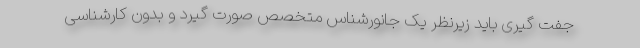
جفت گیری باید زیرنظر یک جانورشناس متخصص صورت گیرد و بدون کارشناسی